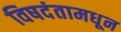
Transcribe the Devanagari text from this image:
विषदंतामधून